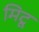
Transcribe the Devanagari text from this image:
मिटू